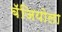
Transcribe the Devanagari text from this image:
बॅजियोला